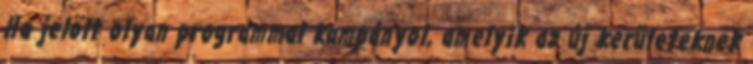
Ha jelölt olyan programmal kampányol, amelyik az új kerületeknek